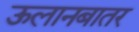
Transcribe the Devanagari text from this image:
ऊलानबातर